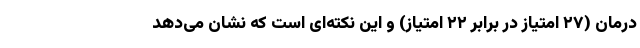
درمان (۲۷ امتیاز در برابر ۲۲ امتیاز) و این نکته‌ای است که نشان می‌دهد